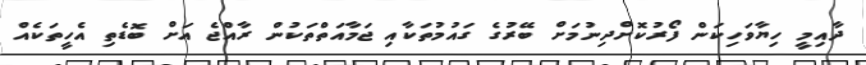
ދާއިމީ ހިޔާވަހިކަން ފޯރުކޮށްދިނުމަށް ބޭރުގެ ގައުމުތަކާއި ޖަމާއަތްތަކުން ރާއްޖެ އަށް ބޮޑެތި އެހީތަކެއް